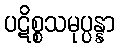
ပဋိစ္စသမုပ္ပန္နာ